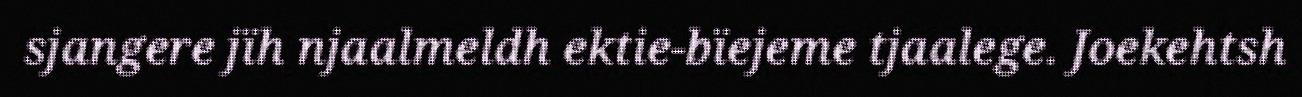
sjangere jïh njaalmeldh ektie-bïejeme tjaalege. Joekehtsh